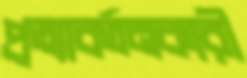
প্রত্যাবর্তনকারী